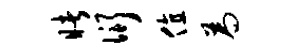
睹衍值为